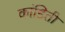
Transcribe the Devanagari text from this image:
कांडिती